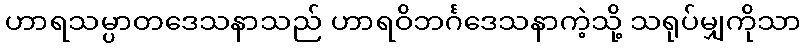
ဟာရသမ္ပာတဒေသနာသည် ဟာရဝိဘင်္ဂဒေသနာကဲ့သို့ သရုပ်မျှကိုသာ